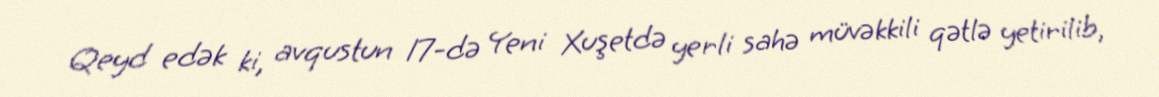
Qeyd edək ki, avqustun 17-də Yeni Xuşetdə yerli sahə müvəkkili qətlə yetirilib,